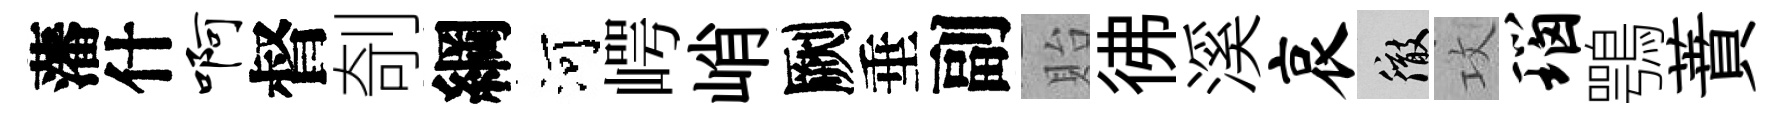
藩什啊督剞綱河崿峭劂垂副貽彿溪哀徹攻瑙鶚蕡